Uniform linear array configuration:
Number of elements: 8
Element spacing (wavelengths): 1
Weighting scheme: binomial
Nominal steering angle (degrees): -45
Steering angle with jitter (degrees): -45.196
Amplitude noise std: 0.05
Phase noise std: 0.05

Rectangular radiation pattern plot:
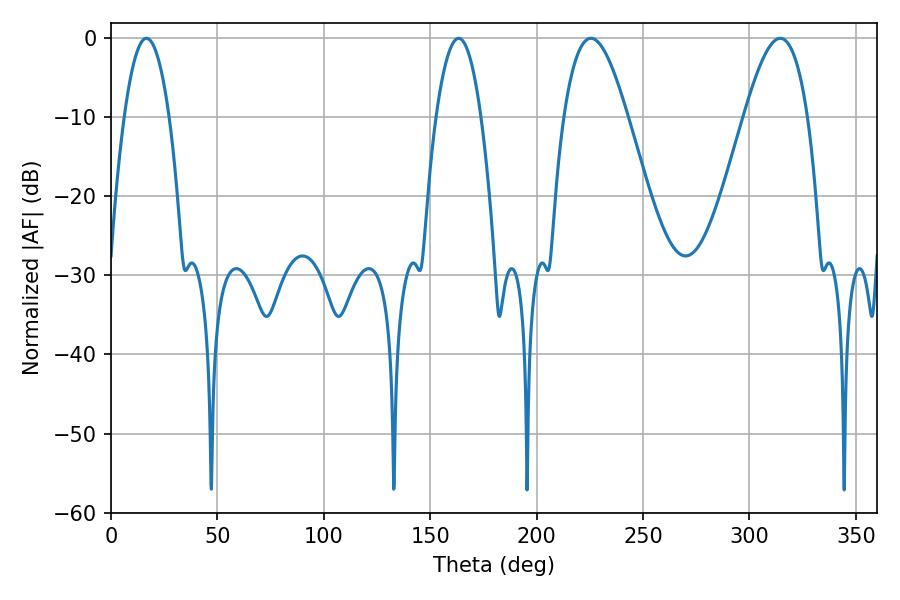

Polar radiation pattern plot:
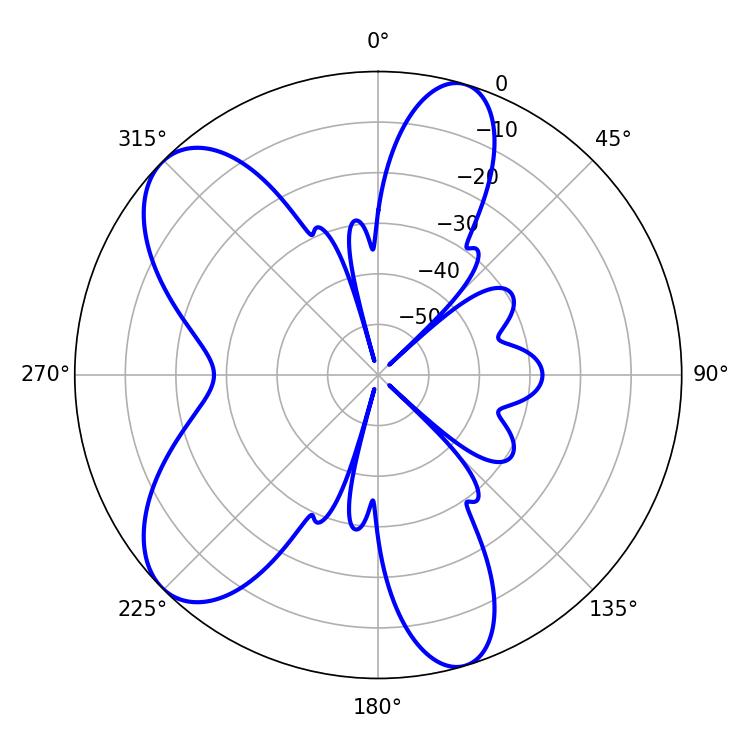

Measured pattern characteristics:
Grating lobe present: TRUE
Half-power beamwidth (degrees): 16.2
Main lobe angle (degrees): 225.54